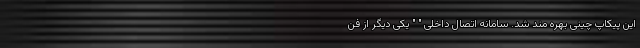
این پیکاپ چینی بهره مند شد. سامانه اتصال داخلی " " یکی دیگر از فن